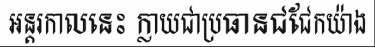
អន្តរកាលនេះ ក្លាយជាប្រធានជជែកយ៉ាង